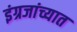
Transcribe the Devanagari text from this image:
इंग्रजांच्यात